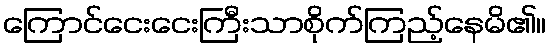
ကြောင်ငေးငေးကြီးသာစိုက်ကြည့်နေမိ၏။